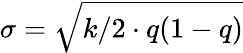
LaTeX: \sigma=\sqrt{k/2\cdot q(1-q)}